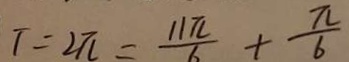
T = 2 \pi = \frac { 1 1 \pi } { 6 } + \frac { \pi } { 6 }